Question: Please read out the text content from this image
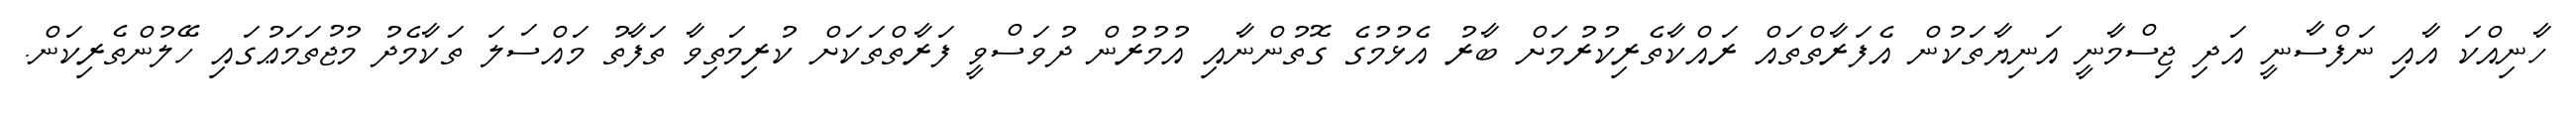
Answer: ހާނިއްކަ އާއި ނަފްސާނީ އަދި ޖިސްމާނީ އަނިޔާތަކުން އެފަރާތްތައް ރައްކާތެރިކުރުމަށް ބާރު އެޅުމުގެ ގޮތުންނާއި އުމުރުން ދުވަސްވީ ފަރާތްތަކަށް ކުރިމަތިވާ ތަފާތު މައްސަލަ ތަކާމެދު މުޖުތަމަޢުގައި ހޭލުންތެރިކަން.